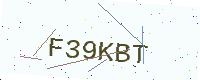
Text: F39KBT